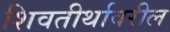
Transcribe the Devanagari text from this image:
शिवतीर्थावरील